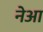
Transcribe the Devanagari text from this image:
नेआ